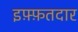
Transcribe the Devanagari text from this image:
इफ़्फ़तदार